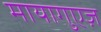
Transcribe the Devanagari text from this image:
मायागुएज़